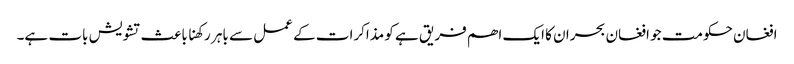
افغان حکومت جو افغان بحران کا ایک اھم فریق ہے کو مذاکرات کے عمل سے باہر رکھنا باعث تشویش بات ہے۔